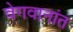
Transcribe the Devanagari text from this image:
वेगवानांत